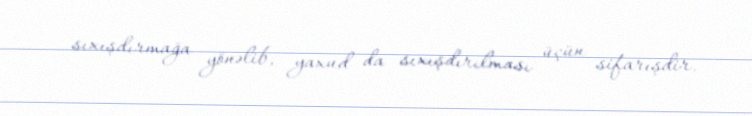
sıxışdırmağa yönəlib, yaxud da sıxışdırılması üçün sifarışdir.